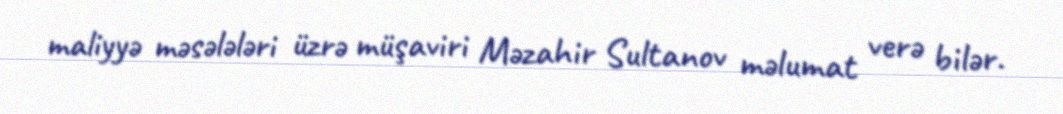
maliyyə məsələləri üzrə müşaviri Məzahir Sultanov məlumat verə bilər.